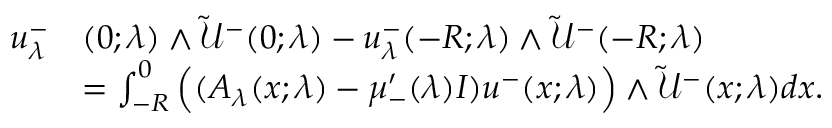
\begin{array} { r l } { u _ { \lambda } ^ { - } } & { ( 0 ; \lambda ) \wedge \tilde { \mathcal { U } } ^ { - } ( 0 ; \lambda ) - u _ { \lambda } ^ { - } ( - R ; \lambda ) \wedge \tilde { \mathcal { U } } ^ { - } ( - R ; \lambda ) } \\ & { = \int _ { - R } ^ { 0 } \Big ( ( A _ { \lambda } ( x ; \lambda ) - \mu _ { - } ^ { \prime } ( \lambda ) I ) u ^ { - } ( x ; \lambda ) \Big ) \wedge \tilde { \mathcal { U } } ^ { - } ( x ; \lambda ) d x . } \end{array}